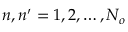
n , n ^ { \prime } = 1 , 2 , \ldots , N _ { o }